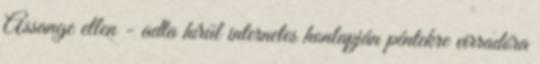
Assange ellen - adta hírül internetes honlapján péntekre virradóra